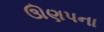
ઊણપના